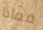
فماذا